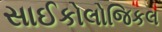
સાઈકોલોજિકલ